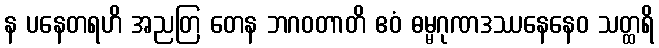
န ပနေတရဟိ အညတြ တေန ဘဂဝတာတိ ဧဝံ ဓမ္မဂုဏဒဿနေနေဝ သတ္ထရိ